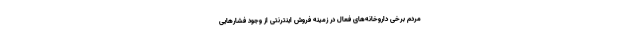
مردم برخی داروخانه‌های فعال در زمینه فروش اینترنتی از وجود فشارهایی